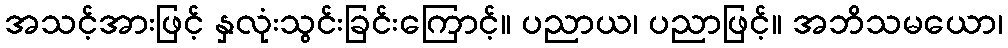
အသင့်အားဖြင့် နှလုံးသွင်းခြင်းကြောင့်။ ပညာယ၊ ပညာဖြင့်။ အဘိသမယော၊